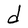
Character: d